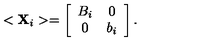
< { \bf X } _ { i } > = \left[ \begin{array} { c c } { B _ { i } } & { 0 } \\ { 0 } & { b _ { i } } \\ \end{array} \right] .